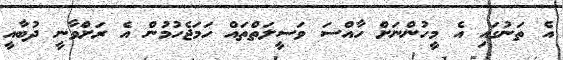
އެ ތަނުގައި އެ މީހުންނަށް ހާއްސަ ވަސީލަތްތައް ހަމަޖެހުމުން އެ ރަށްވާނީ ދުބާއީ